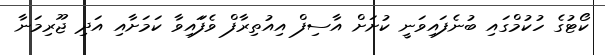
ކޯޓުގެ ހުކުމްގައި ބުނެފައިވަނީ ކުށަށް އާސިފް އިއުތިރާފް ވެފަައިވާ ކަމަށާއި އަދި ޖޫރިމަނާ